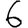
Digit: 6